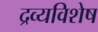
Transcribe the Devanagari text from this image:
द्रव्यविशेष